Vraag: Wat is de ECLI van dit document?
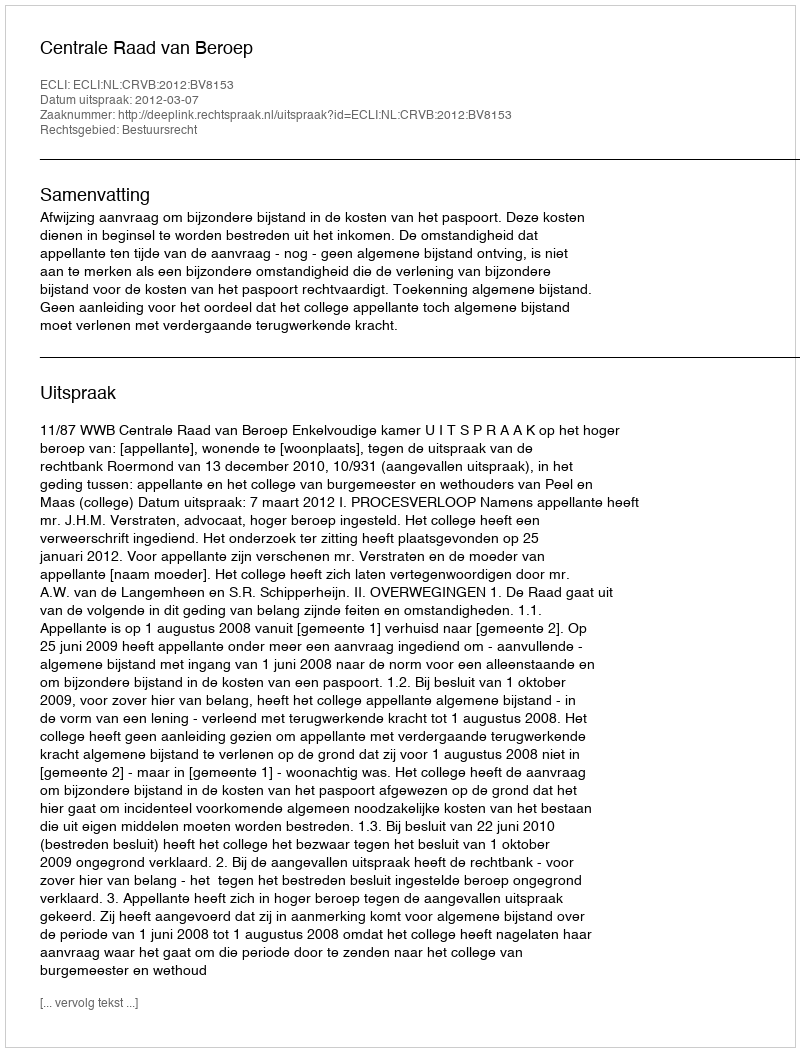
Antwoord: ECLI:NL:CRVB:2012:BV8153